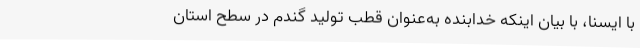
با ایسنا، با بیان اینکه خدابنده به‌عنوان قطب تولید گندم در سطح استان